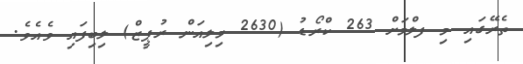
ތެރޭގައި މި ފލްމަށް 263 ކްރޯޑު (2630 މިލިއަން ރުޕީޒް) ލިބިފައި ވެއެވެ.